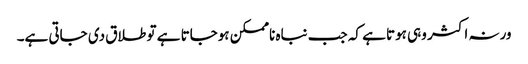
ورنہ اکثر وہی ہوتا ہے کہ جب نباہ ناممکن ہوجاتا ہے تو طلاق دی جاتی ہے۔